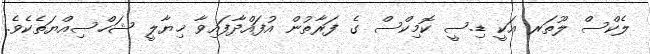
ލެކްސް ލޫތަރ އަކީ ޑި.ސީ ކޮމިކްސް ގެ ފަރާތުން އުފައްދާފައިވާ ޚިޔާލީ ޝަހްސިއްޔަތެކެވެ.